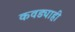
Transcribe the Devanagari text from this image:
कवड्याही